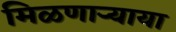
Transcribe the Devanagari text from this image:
मिळणार्‍याया